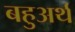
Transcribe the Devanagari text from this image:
बहुअर्थ